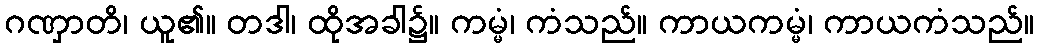
ဂဏှာတိ၊ ယူ၏။ တဒါ၊ ထိုအခါ၌။ ကမ္မံ၊ ကံသည်။ ကာယကမ္မံ၊ ကာယကံသည်။